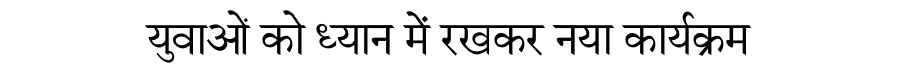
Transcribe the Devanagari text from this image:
युवाओं को ध्यान में रखकर नया कार्यक्रम